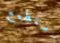
أستطيع